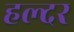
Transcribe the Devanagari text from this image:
हल्दर